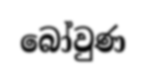
බෝවුණ